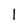
Character: l